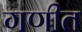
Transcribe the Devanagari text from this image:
गणीत